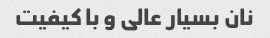
نان بسیار عالی و با کیفیت